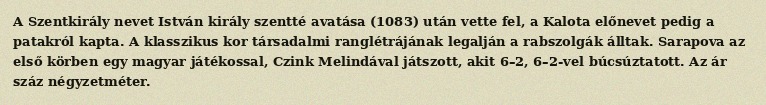
A Szentkirály nevet István király szentté avatása (1083) után vette fel, a Kalota előnevet pedig a patakról kapta. A klasszikus kor társadalmi ranglétrájának legalján a rabszolgák álltak. Sarapova az első körben egy magyar játékossal, Czink Melindával játszott, akit 6–2, 6–2-vel búcsúztatott. Az ár száz négyzetméter.